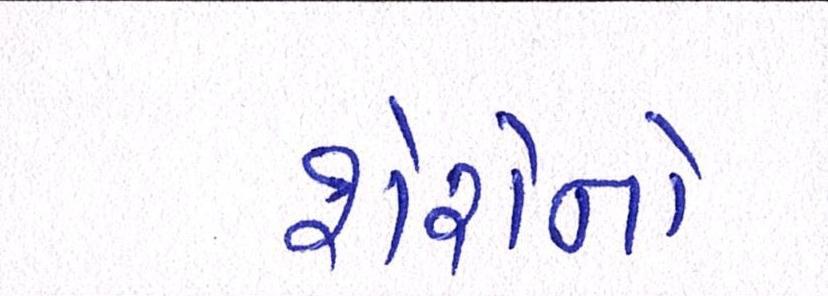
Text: શેરોનો